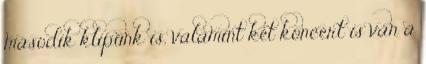
második klipünk is, valamint két koncert is van a